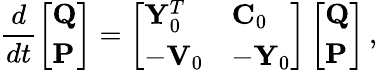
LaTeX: \frac{d}{dt}\left[\begin{array}{l}{\mathbf{Q}}\\ {\mathbf{P}}\end{array}\right]=\left[\begin{array}{ll}{{\mathbf Y}_{0}^{T}}&{{\mathbf C}_{0}}\\ {-\mathbf{V}_{0}}&{-{\mathbf Y}_{0}}\end{array}\right]\left[\begin{array}{l}{\mathbf{Q}}\\ {\mathbf{P}}\end{array}\right]\, ,